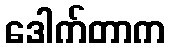
ဒေါက်တာက